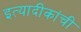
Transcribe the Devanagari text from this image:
इत्यादीकांची